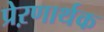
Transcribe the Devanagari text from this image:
प्रेऱणार्थक